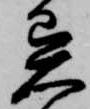
異